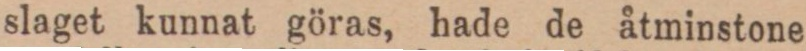
slaget kunnat göras, hade de åtminstone